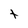
Character: t